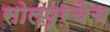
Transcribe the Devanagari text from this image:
सोलपूरचेच